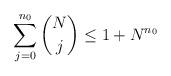
LaTeX: \begin{align*} \sum_{j=0}^{n_0} {N \choose j} \leq 1 + N^{n_0}\end{align*}